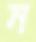
ন